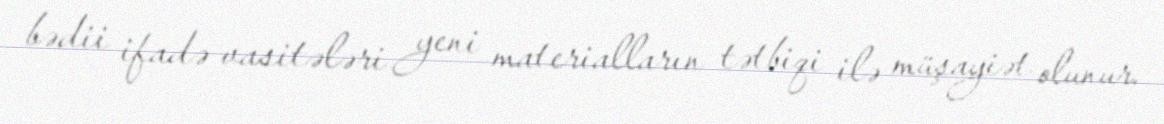
bədii ifadə vasitələri yeni materialların tətbiqi ilə müşayiət olunur.